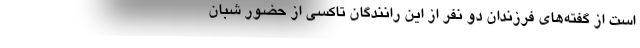
است از گفته‌هاي فرزندان دو نفر از اين رانندگان تاكسي از حضور شبان